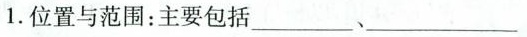
1.位置与范围：主要包括___、___